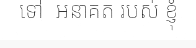
ទៅ  អនាគត របស់ ខ្ញុំ